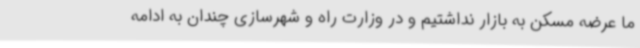
ما عرضه مسکن به بازار نداشتیم و در وزارت راه و شهرسازی چندان به ادامه